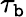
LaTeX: \tau_{\mathtt{b}}